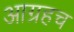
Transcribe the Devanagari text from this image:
आग्रहच